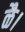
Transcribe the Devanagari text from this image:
ळै।